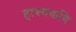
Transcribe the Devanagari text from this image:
हास्यकवि